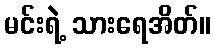
မင်းရဲ့ သားရေအိတ်။